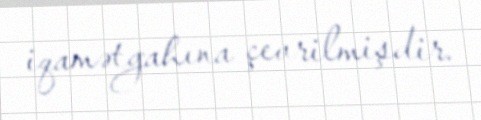
iqamətgahına çevrilmişdir.